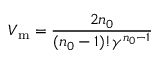
V _ { \mathrm { m } } = { \frac { 2 n _ { 0 } } { ( n _ { 0 } - 1 ) ! \gamma \sp { n _ { 0 } - 1 } } }